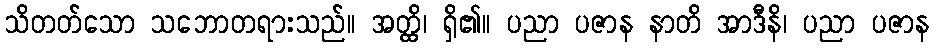
သိတတ်သော သဘောတရားသည်။ အတ္ထိ၊ ရှိ၏။ ပညာ ပဇာန နာတိ အာဒီနိ၊ ပညာ ပဇာန